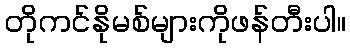
တိုကင်နိုမစ်များကိုဖန်တီးပါ။